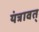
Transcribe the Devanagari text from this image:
यंत्रावत्